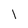
Character: l